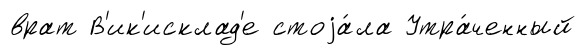
врат В'ик'исклад'е стоjа́ла Утра́ченный